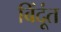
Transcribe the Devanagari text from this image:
बिंदूंत